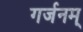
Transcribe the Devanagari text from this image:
गर्जनम्‌